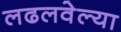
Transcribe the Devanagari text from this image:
लढलवेल्या